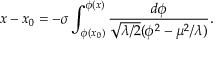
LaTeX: x - x _ { 0 } = - \sigma \int _ { \phi ( x _ { 0 } ) } ^ { \phi ( x ) } \frac { d \phi } { \sqrt { \lambda / 2 } ( \phi ^ { 2 } - \mu ^ { 2 } / \lambda ) } .